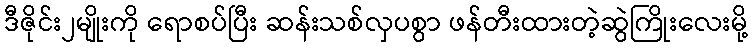
ဒီဇိုင်း၂မျိုးကို ရောစပ်ပြီး ဆန်းသစ်လှပစွာ ဖန်တီးထားတဲ့ဆွဲကြိုးလေးမို့